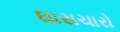
ઘાસચારો